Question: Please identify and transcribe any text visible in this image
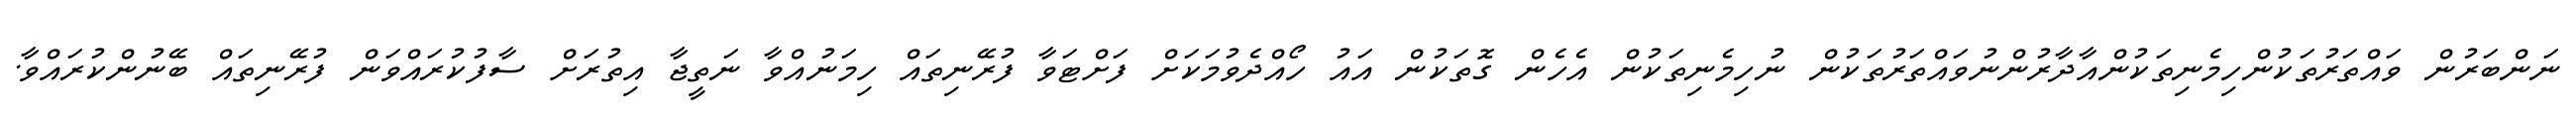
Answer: ނަންބަރުން ވައްތަރުތަކުންހިމެނިތަކުންއާދާރުންނުވައްތަރުތަކުން ނުހިމެނިތަކުން އެހެން ގޮތަކުން އައު ހޯއްދެވުމަކަށް ފަށްޓަވާ ފުރޭނިތައް ހިމަނުއްވާ ނަތީޖާ އިތުރަށް ސާފުކުރައްވަން ފުރޭނިތައް ބޭނުންކުރައްވާ.